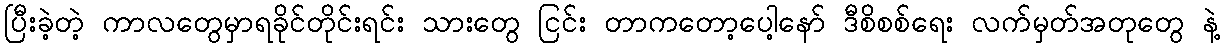
ပြီးခဲ့တဲ့ ကာလတွေမှာရခိုင်တိုင်းရင်း သားတွေ ငြင်း တာကတော့ပေါ့နော် ဒီစိစစ်ရေး လက်မှတ်အတုတွေ နဲ့